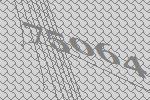
75064